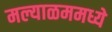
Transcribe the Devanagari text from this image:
मल्याळममध्ये